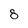
Character: 8